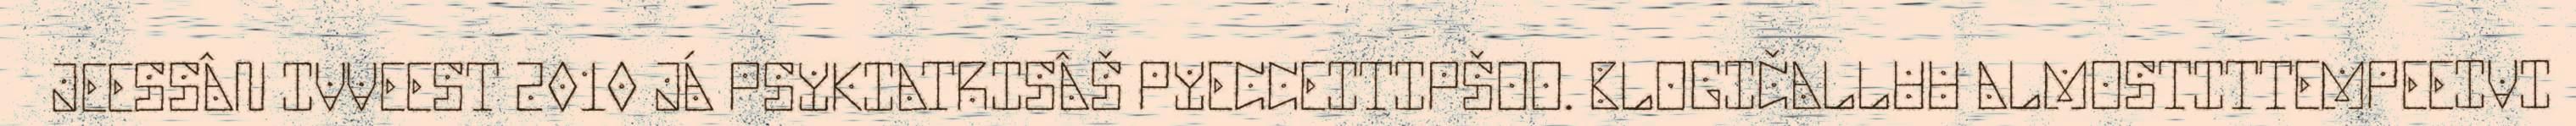
JEESSÂN IVVEEST 2010 JÁ PSYKIATRISÂŠ PYECCEITIPŠOO. BLOGIČALLUU ALMOSTITTEMPEEIVI